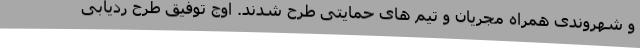
و شهروندی همراه مجریان و تیم های حمایتی طرح شدند. اوج توفیق طرح ردیابی